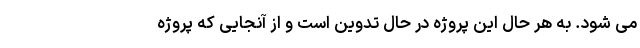
می شود. به هر حال این پروژه در حال تدوین است و از آنجایی که پروژه